65_HS1-834228961_62-HQ-83894_Section_3
Agency: FBI
Page 81
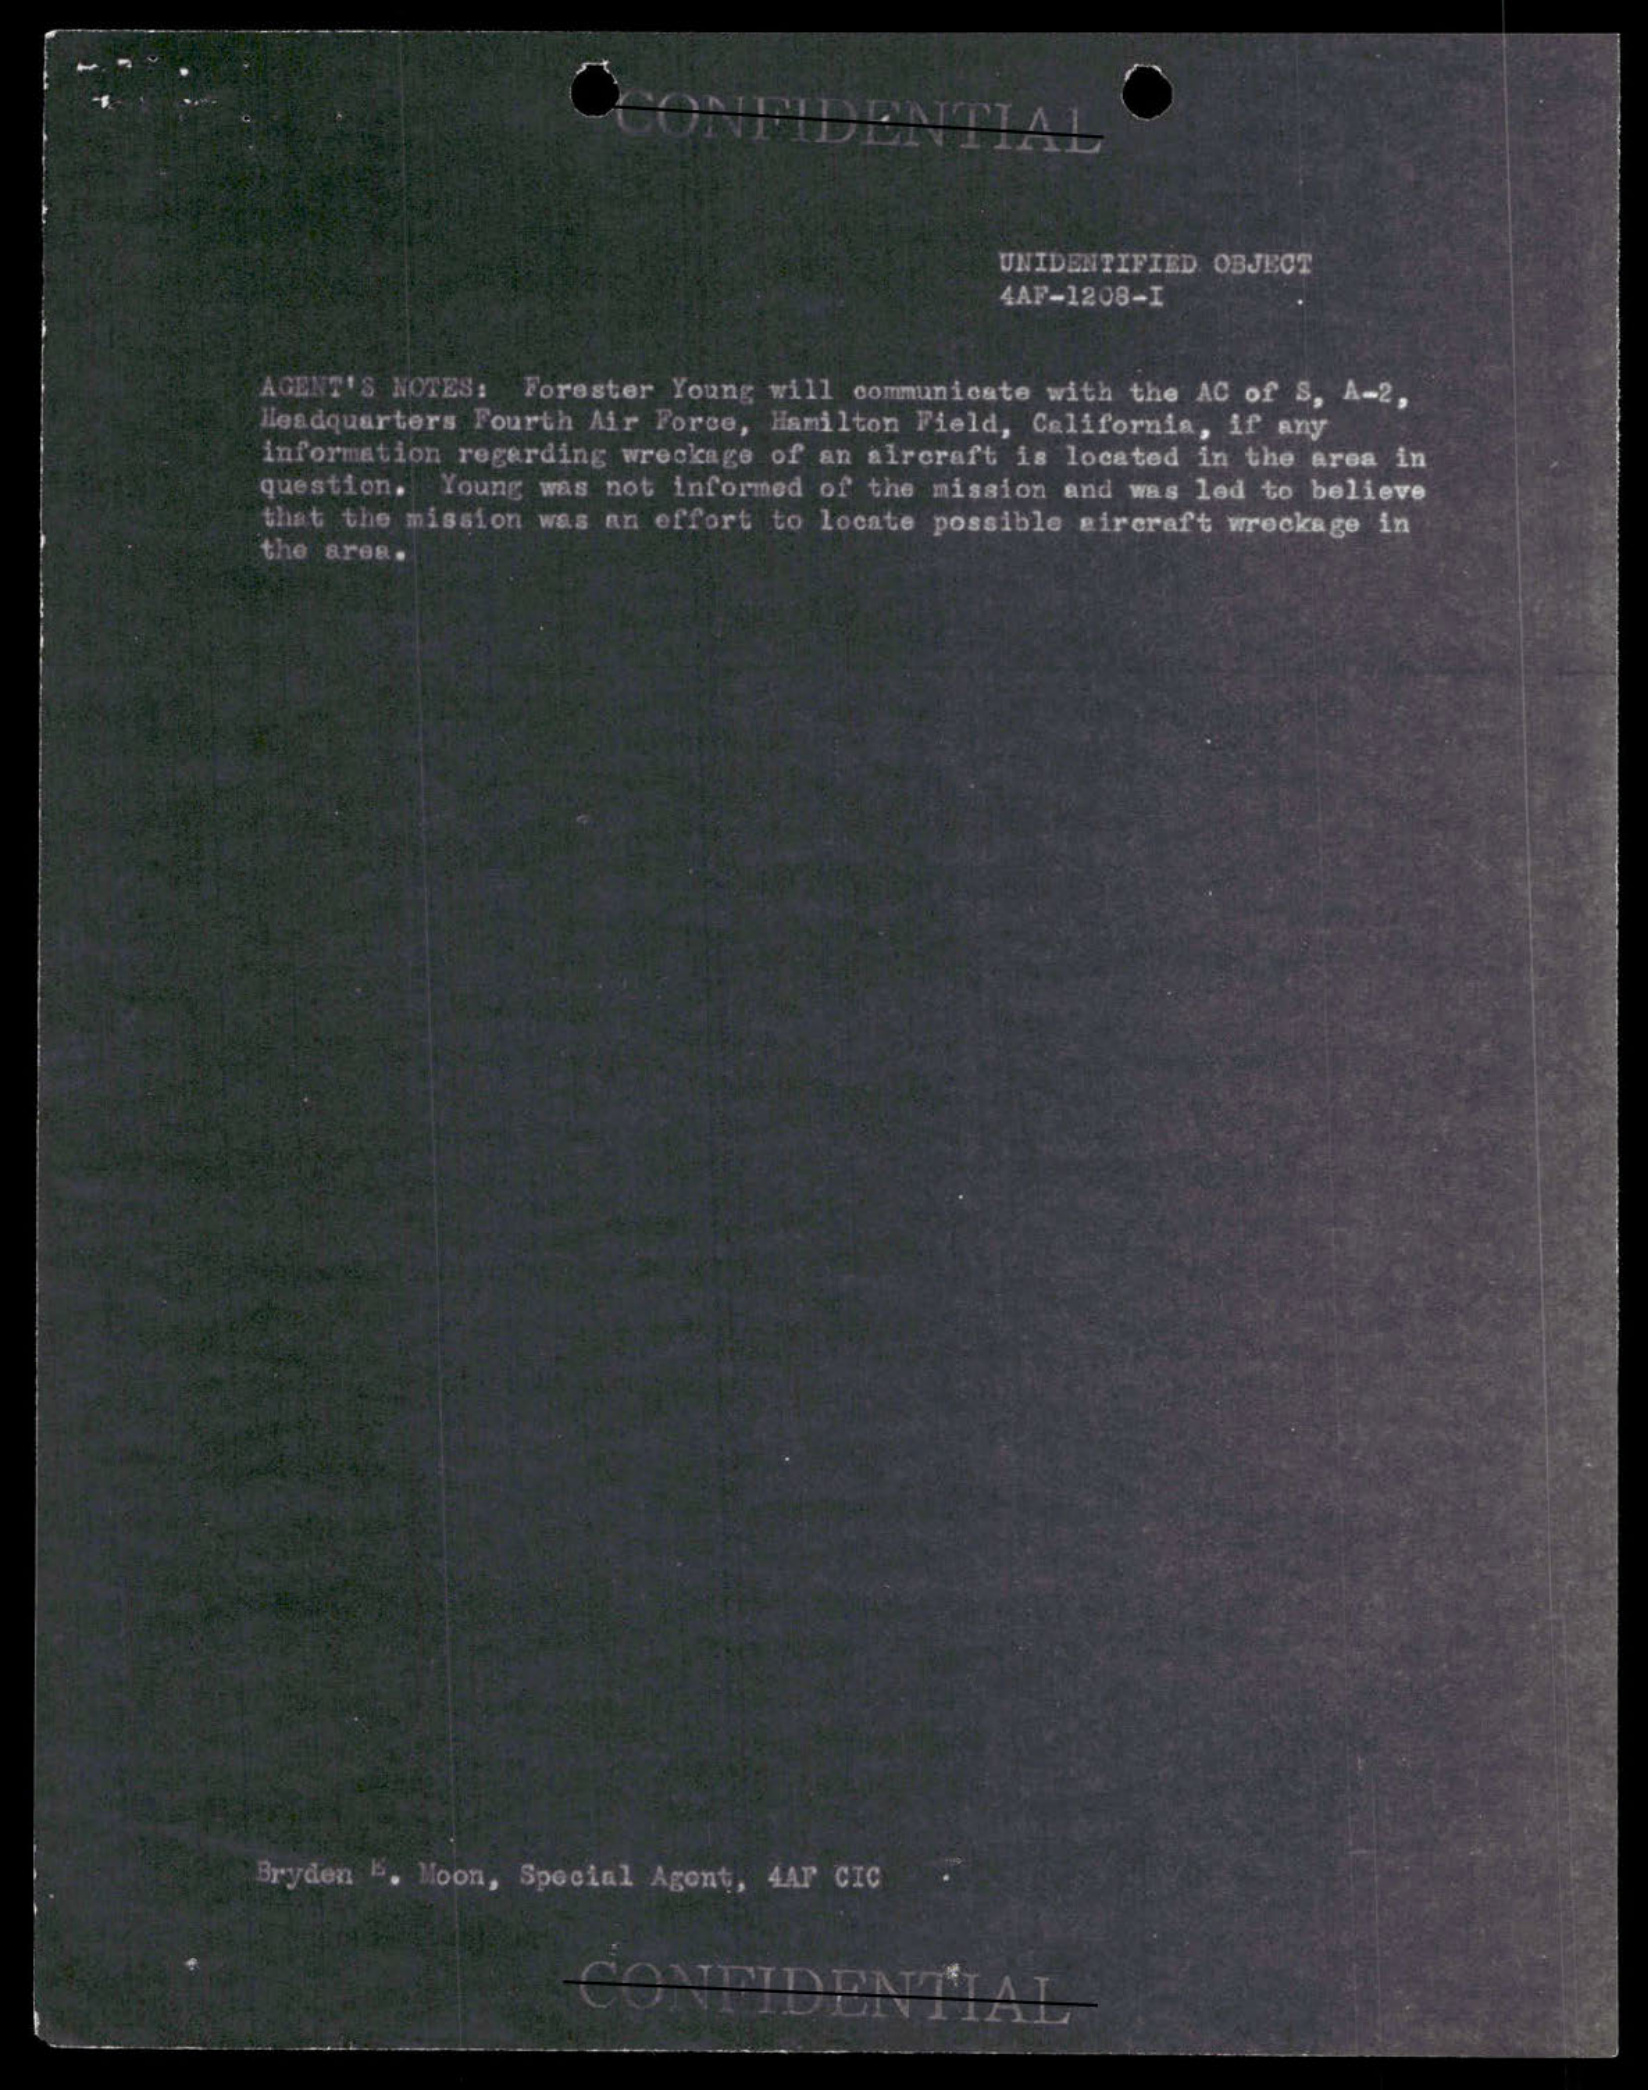